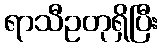
ရာသီဥတုရှိပြီး